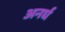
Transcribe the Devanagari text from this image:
अनर्घ